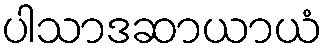
ပါသာဒဆာယာယံ